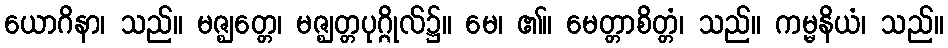
ယောဂိနာ၊ သည်။ မဇ္ဈတ္တေ၊ မဇ္ဈတ္တပုဂ္ဂိုလ်၌။ မေ၊ ၏။ မေတ္တာစိတ္တံ၊ သည်။ ကမ္မနိယံ၊ သည်။